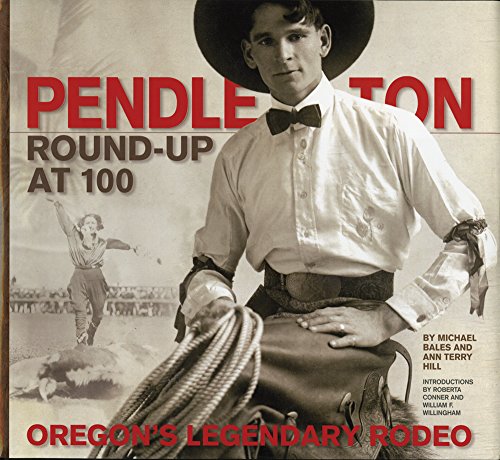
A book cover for Pendleton Round-Up at 100: OregonEEs Legendary Rodeo; Michael Bales; Sports & Outdoors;